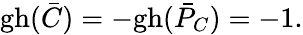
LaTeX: \mathrm{gh}(\bar{C})=-\mathrm{gh}(\bar{P}_{C})=-1.